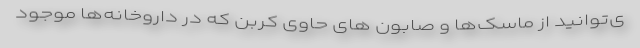
ی‌توانید از ماسک‌ها و صابون های حاوی کربن که در داروخانه‌ها موجود